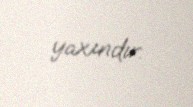
yaxındır.